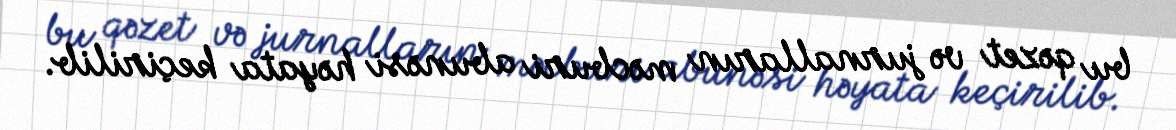
bu qəzet və jurnalların məcburi abunəsi həyata keçirilib.